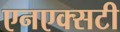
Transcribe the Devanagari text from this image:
एनएक्सटी